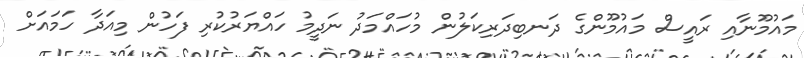
މައުމޫނާއި ރައީސް މައުމޫންގެ ދަނބިދަރިކަލުން މުހައްމަދު ނަދީމު ހައްޔަރުކުރި ފަހުން މިއަދާ ހަމައަށް